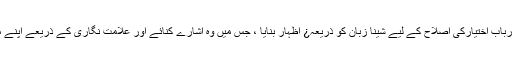
جان علی نے بنیاد پرست قوتوں اور بدعنوان ارباب اختیارکی اصلاح کے لیے شینا زبان کو ذریعہ¿ اظہار بنایا ، جس میں وہ اشارے کنائے اور علامت نگاری کے ذریعے اپنے مافی الضمیرکو الفاظ کا جامہ عطا کرتے ہیں۔